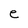
Character: e